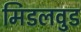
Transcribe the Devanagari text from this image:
मिडलवुड